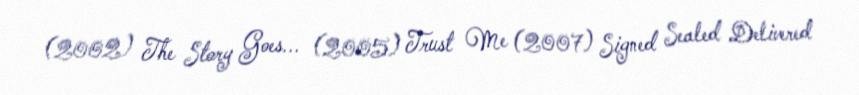
(2002) The Story Goes... (2005) Trust Me (2007) Signed Sealed Delivered